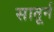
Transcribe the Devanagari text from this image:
सातूर्न